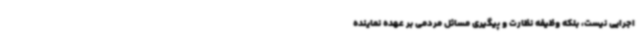
اجرایی نیست، بلکه وظیفه‌ نظارت و پیگیری مسائل مردمی بر عهده نماینده